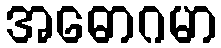
အဓောဂမာ